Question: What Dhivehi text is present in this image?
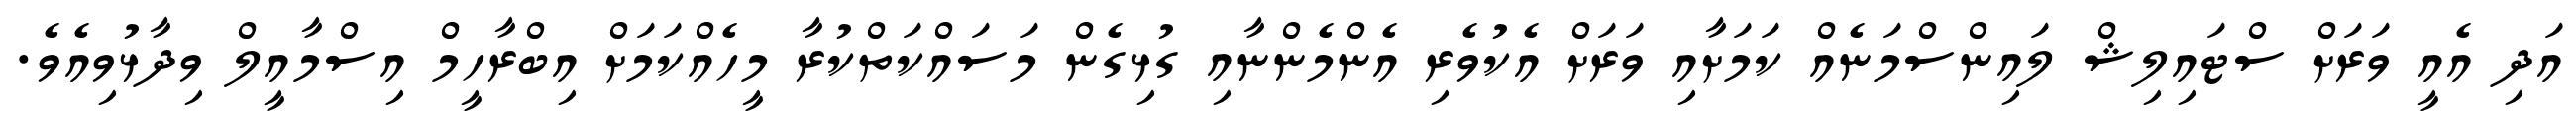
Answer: އަދި އެއީ ވަރަށް ސްޓައިލިޝް ލައިންސްމަނެއް ކަމަށާއި ވަރަށް އެކުވެރި އެންމެންނާއި ގުޅިގެން މަސައްކަތްކުރާ މީހެއްކަމަށް އިބްރާހީމް އިސްމާއީލް ވިދާޅުވިއެވެ.